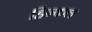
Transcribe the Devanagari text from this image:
हिन्कल